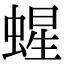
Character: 䗌